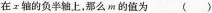
在X轴的负半轴上，那么m的值为()